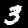
Label: 3